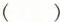
( )